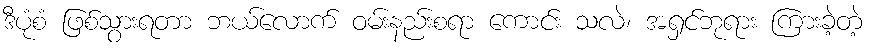
ဒီပုံစံ ဖြစ်သွားရတာ ဘယ်လောက် ဝမ်းနည်းစရာ ကောင်း သလဲ၊ အရှင်ဘုရား ကြားခဲ့တဲ့